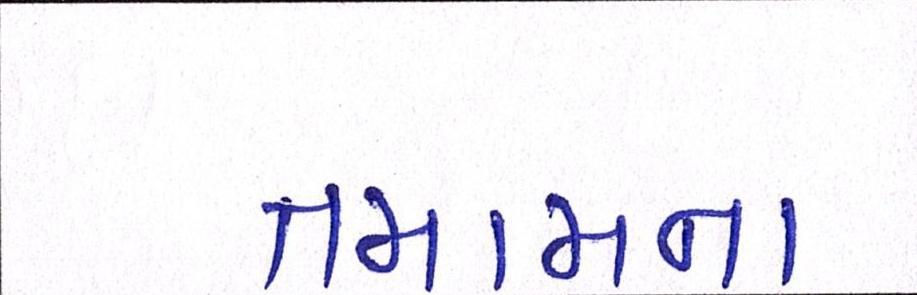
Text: તમામના